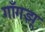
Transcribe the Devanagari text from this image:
गाँगझू